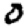
Digit: 0